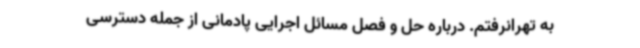
به تهرانرفتم. درباره حل و فصل مسائل اجرایی پادمانی از جمله دسترسی